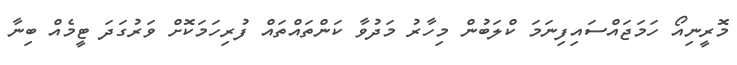
މޮރީނިއޯ ހަމަޖައްސައިފިނަމަ ކްލަބުން މިހާރު މަދުވާ ކަންތައްތައް ފުރިހަމަކޮށް ވަރުގަދަ ޓީމެއް ބިނާ